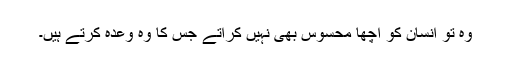
وہ تو انسان کو اچھا محسوس بھی نہیں کراتے جس کا وہ وعدہ کرتے ہیں۔